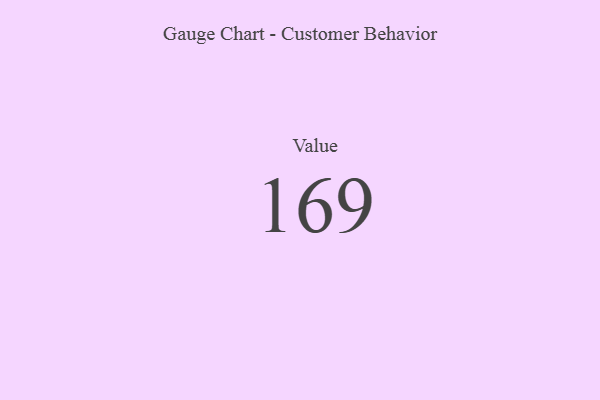
{"axis": {"x": "Metric", "y": "Value"}, "legend": [""], "data": [{"x": "Value", "y": 169, "type": ""}]}